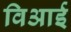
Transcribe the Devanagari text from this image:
विआई